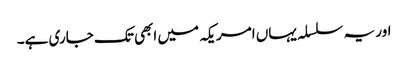
اور یہ سلسلہ یہاں امریکہ میں ابھی تک جاری ہے۔